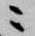
ニ